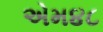
એમ૪૮